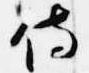
侍